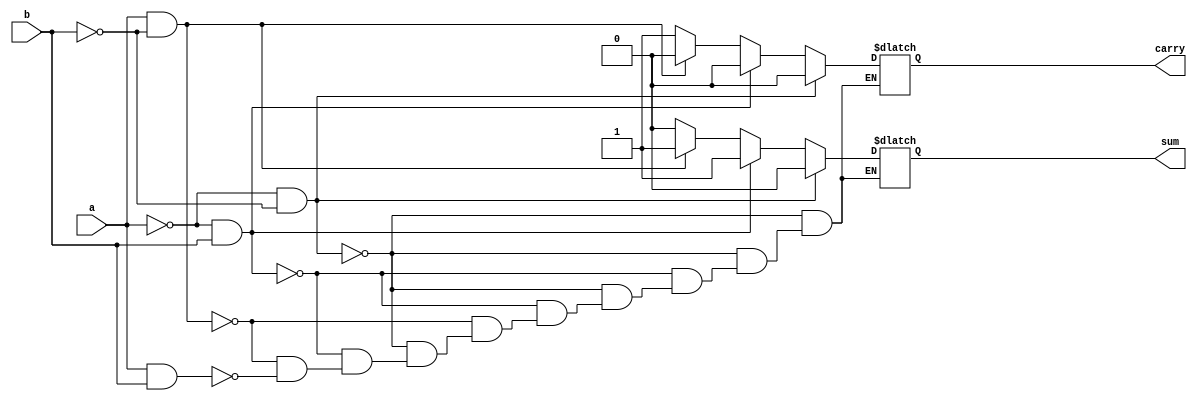
module ha (a,b,sum,carry);
  input a,b;
  output reg sum,carry;

  always@(*)
  begin
    if (a == 1'd0 && b == 1'd0)
	begin
	   sum  = 1'd0;
	   carry = 1'd0;
	end   
	else if (a == 1'd0 && b == 1'd1)
	begin
	   sum = 1'd1;
	   carry = 1'd0;
	end   
	else if (a == 1'd1 && b == 1'd0)
    begin	
	   sum = 1'd1;
	   carry = 1'd0;
	end   
	else if (a == 1'd1 && b == 1'd1)begin
	   sum = 1'd0;
	   carry = 1'd1;
	end   
	else
	   $display("INAVALID INPUT");
	

	/*case statement

	case ({a,b })
	     2'b00  : 
		 begin
		 sum = 1'd0 ;
		 carry = 1'd0;
		 end
		 2'b01  :
		 begin
		 sum = 1'd1;
		 carry = 1'd0;
		 end
		 2'b10  :
		 begin
		 sum = 1'd1 ;
		 carry = 1'd0;
		 end
		 2'b11  :
		 begin
		 sum = 1'd0 ;
		 carry = 1'd1;
		 end
    endcase*/


	
    
  end
endmodule